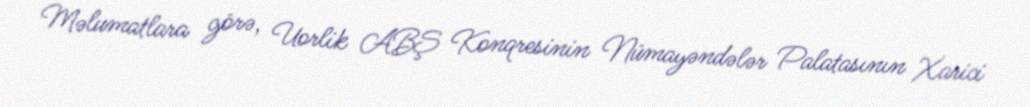
Məlumatlara görə, Uorlik ABŞ Konqresinin Nümayəndələr Palatasının Xarici